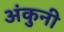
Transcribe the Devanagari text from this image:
अंकुनी